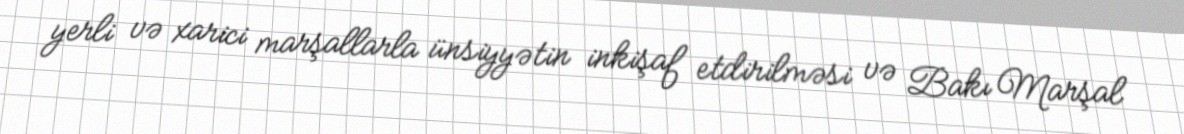
yerli və xarici marşallarla ünsiyyətin inkişaf etdirilməsi və Bakı Marşal